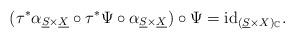
LaTeX: \begin{align*}(\tau^{*}\alpha_{\underline{S}\times\underline{X}}\circ\tau^{*}\Psi\circ\alpha_{\underline{S}\times\underline{X}})\circ\Psi=\mathrm{id}_{(\underline{S}\times X)_{\mathbb{C}}}.\end{align*}